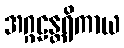
အဂ္ဂဠန္တရိကာယ